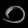
Digit: ၀